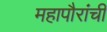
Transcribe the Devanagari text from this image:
महापौरांची